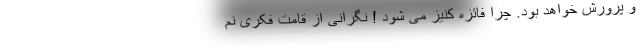
و پرورش خواهد بود. چرا فائزه کنیز می شود ! نگرانی از قامت فکری نم